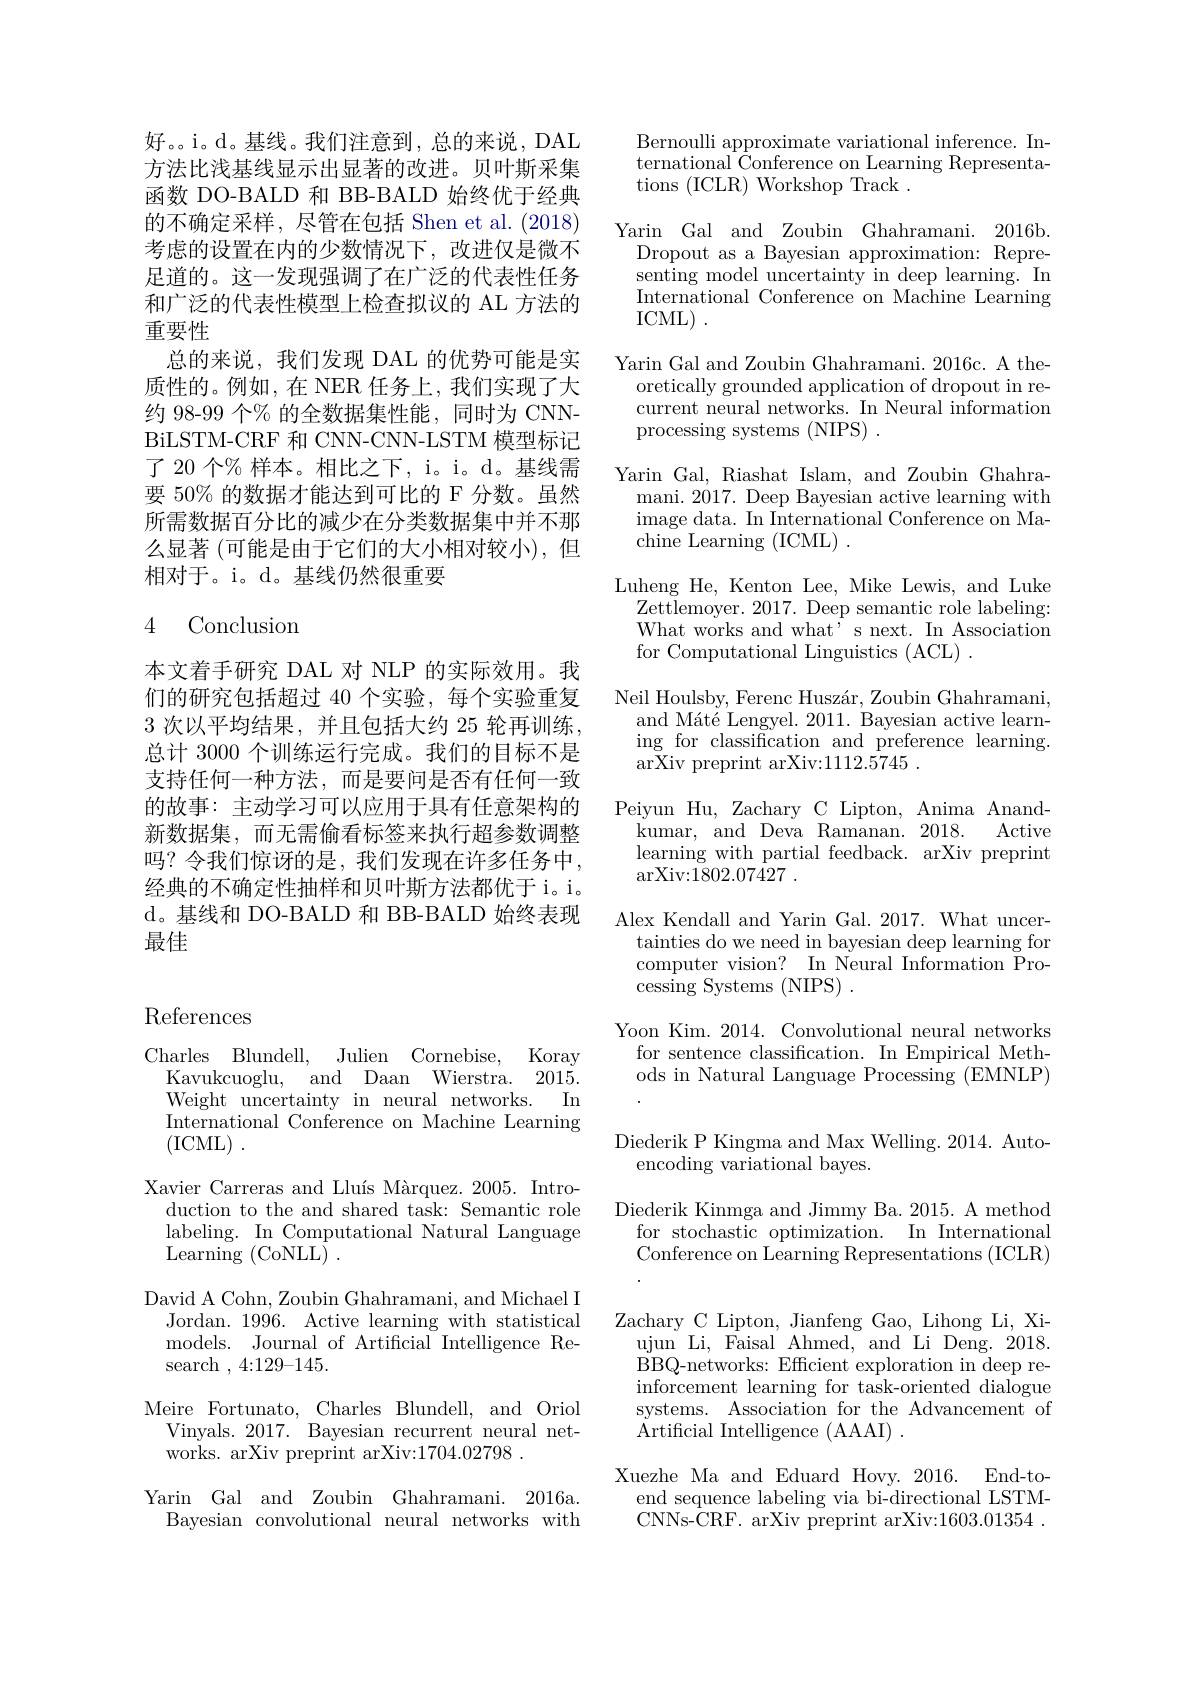
好。。i。d。基线。我们注意到，总的来说，DAL 方法比浅基线显示出显著的改进。贝叶斯采集函数 DO-BALD 和 BB-BALD 始终优于经典的不确定采样，尽管在包括 Shen et al. (2018) 考虑的设置在内的少数情况下，改进仅是微不足道的。这一发现强调了在广泛的代表性任务和广泛的代表性模型上检查拟议的 AL 方法的重要性
总的来说，我们发现 DAL 的优势可能是实质性的。例如，在 NER 任务上，我们实现了大约 98-99 个% 的全数据集性能，同时为 CNNBiLSTM- CRF 和 CNN-CNN-LSTM 模型标记了 20 个% 样本。相比之下，i。i。d。基线需要 50% 的数据才能达到可比的 F 分数。虽然所需数据百分比的减少在分类数据集中并不那么显著 (可能是由于它们的大小相对较小), 但相对于。i。d。基线仍然很重要

### 4 Conclusion

本文着手研究 DAL 对 NLP 的实际效用。我们的研究包括超过 40 个实验，每个实验重复3次以平均结果，并且包括大约 25 轮再训练， 总计 3000 个训练运行完成。我们的目标不是支持任何一种方法，而是要问是否有任何一致的故事：主动学习可以应用于具有任意架构的新数据集，而无需偷看标签来执行超参数调整吗？令我们惊讶的是，我们发现在许多任务中， 经典的不确定性抽样和贝叶斯方法都优于 i。i。d。基线和 DO-BALD 和 BB-BALD 始终表现最佳

# References

Charles Blundell, Julien Cornebise,
Koray
$Kavukcuoglu$, and Daan $Wierstra.$ 2015.
Weight uncertainty in neural networks.
In
International Conference on Machine Learning
(ICML) .
Xavier Carreras and Lluís Màrquez. 2005. Intro-
duction to the and shared task: Semantic role labeling. In Computational Natural Language ${\mathrm{Learning~(CoNLL)~.}}$
David A Cohn, Zoubin Ghahramani, and Michael I
Jordan. 1996. Active learning with statistical models. Journal of Artificial Intelligence Research ,4:129-145.
Meire Fortunato, Charles Blundell, and Oriol
Vinyals. 2017. Bayesian recurrent neural net-
works. arXiv preprint arXiv:1704.02798
Yarin Gal and Zoubin Ghahramani. 2016a.
Bayesian convolutional neural networks with

Bernoulli approximate variational inference. International $\tilde{\text{Conference on Learning Representa-}}$ tions (ICLR)Workshop Track .

Yarin Gal and Zoubin Ghahramani. 2016b.
Dropout as a Bayesian approximation: Representing model uncertainty in deep learning. In International Conference on Machine Learning ICML) .
Yarin Gal and Zoubin Ghahramani. 2016c. A the-
oretically grounded application of dropout in recurrent neural networks. In Neural information processing systems (NIPS) .
Yarin Gal, Riashat Islam, and Zoubin Ghahra-
mani. 2017. Deep Bayesian active learning with image data. In International Conference on Machine Learning (ICML)
Luheng He, Kenton Lee, Mike Lewis, and Luke
$\bar{\text{Zettlemoyer. 2017. Deep semantic role labeling:}}$ What works and what' s next. In Association for Computational Linguistics (ACL) .
Neil Houlsby, Ferenc Huszár, Zoubin Ghahramani, and Máté Lengyel. 2011. Bayesian active learning for classification and preference learning. arXiv preprint arXiv:1112.5745 .
Peiyun Hu, Zachary C Lipton, Anima Anand-
kumar, and Deva Ramanan. 2018.
Active
learning with partial feedback. arXiv preprint
arXiv: 1802. 07427
Alex Kendall and Yarin Gal. 2017. What uncer-
tainties do we need in bayesian deep learning for computer vision? In Neural Information Pro- ${\mathrm{cessing~Systems~(NIPS)~.}}$
Yoon Kim. 2014. Convolutional neural networks
for sentence classification. In Empirical Methods in Natural Language Processing (EMNLP)
Diederik P Kingma and Max Welling. 2014. Auto-
encoding variational bayes.
Diederik Kinmga and Jimmy Ba. 2015. A method
for stochastic optimization. In International Conference on Learning Representations (ICLR)
Zachary C Lipton, Jianfeng Gao, Lihong Li, Xi-
ujun Li, Faisal Ahmed, and Li Deng. 2018. BBQ-networks: Efficient exploration in deep reinforcement learning for task-oriented dialogue systems. Association for the Advancement of Artificial Intelligence ( AAAI) .
Xuezhe Ma and Eduard Hovy. 2016. End-to-
end sequence labeling via bi-directional LSTMCNNs-CRF. arXiv preprint arXiv:1603.01354.